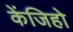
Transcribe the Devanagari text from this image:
केंजिहो